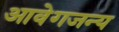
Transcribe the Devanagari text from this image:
आवेगजन्य